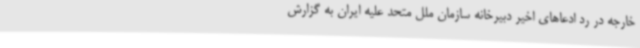
خارجه در رد ادعاهای اخیر دبیرخانه سازمان ملل متحد علیه ایران به گزارش